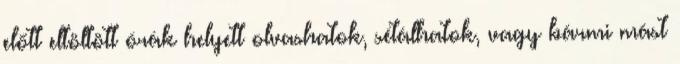
előtt eltöltött órák helyett olvashatok, sétálhatok, vagy bármi mást